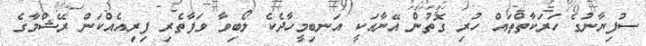
ސުފިޔާނުގެ ހަރަކާތްތައް ހުރި ގޮތުން އޭނާއަކީ އަނބިމީހާދެކެ ލޯބިވާ ވަފާތެރި ފިރިއެއްކަން ރޭޝްމާގެ